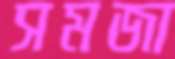
সমজা